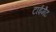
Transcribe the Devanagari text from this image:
टाईमैट